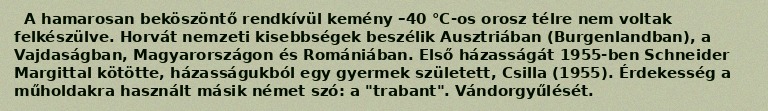
A hamarosan beköszöntő rendkívül kemény –40 °C-os orosz télre nem voltak felkészülve. Horvát nemzeti kisebbségek beszélik Ausztriában (Burgenlandban), a Vajdaságban, Magyarországon és Romániában. Első házasságát 1955-ben Schneider Margittal kötötte, házasságukból egy gyermek született, Csilla (1955). Érdekesség a műholdakra használt másik német szó: a "trabant". Vándorgyűlését.